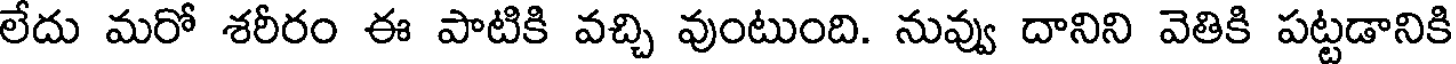
లేదు మరో శరీరం ఈ పాటికి వచ్చి వుంటుంది. నువ్వు దానిని వెతికి పట్టడానికి